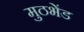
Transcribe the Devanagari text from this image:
मुठभेंड